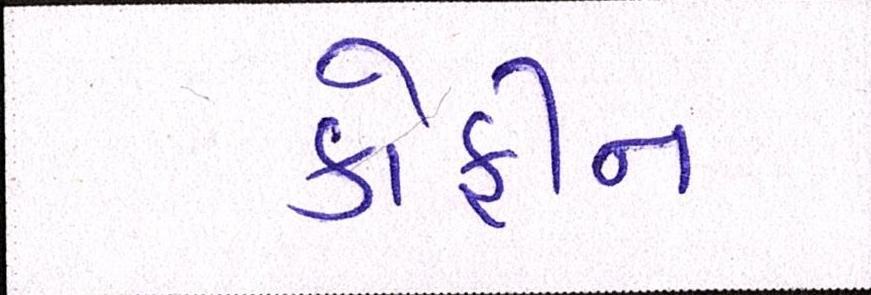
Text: કોફીન